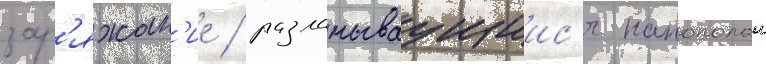
зар'яжан'ие / разламываущиис'я напополам